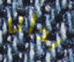
بدأنا